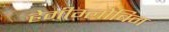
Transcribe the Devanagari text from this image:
हेमीग्लोबिन